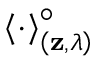
\left< \cdot \right> _ { \left( \mathbf { z } , \lambda \right) } ^ { \circ }